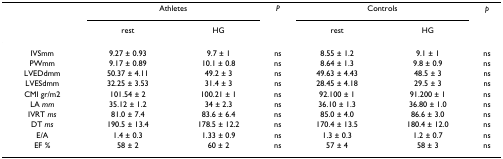
|  | <COLSPAN=2> Athletes | P | <COLSPAN=2> Controls | p |
 |  | rest | HG |  | rest | HG |  |
 | --- | --- | --- | --- | --- | --- | --- |
 | IVSmm | 9.27 ± 0.93 | 9.7 ± 1 | ns | 8.55 ± 1.2 | 9.1 ± 1 | ns |
 | PWmm | 9.17 ± 0.89 | 10.1 ± 0.8 | ns | 8.64 ± 1.3 | 9.8 ± 0.9 | ns |
 | LVEDdmm | 50.37 ± 4.11 | 49.2 ± 3 | ns | 49.63 ± 4.43 | 48.5 ± 3 | ns |
 | LVESdmm | 32.25 ± 3.53 | 31.4 ± 3 | ns | 28.45 ± 4.18 | 29.5 ± 3 | ns |
 | CMI gr/m2 | 101.54 ± 2 | 100.21 ± 1 | ns | 92.100 ± 1 | 91.200 ± 1 | ns |
 | LA mm | 35.12 ± 1.2 | 34 ± 2.3 | ns | 36.10 ± 1.3 | 36.80 ± 1.0 | ns |
 | IVRT ms | 81.0 ± 7.4 | 83.6 ± 6.4 | ns | 85.0 ± 4.0 | 86.6 ± 3.0 | ns |
 | DT ms | 190.5 ± 13.4 | 178.5 ± 12.2 | ns | 170.4 ± 13.5 | 180.4 ± 12.0 | ns |
 | E/A | 1.4 ± 0.3 | 1.33 ± 0.9 | ns | 1.3 ± 0.3 | 1.2 ± 0.7 | ns |
 | EF % | 58 ± 2 | 60 ± 2 | ns | 57 ± 4 | 58 ± 3 | ns |